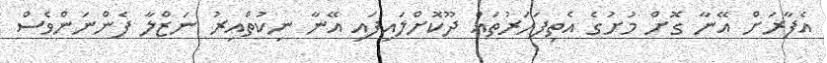
އެފާރަށް އޭނާ ގޮށް މުށުގެ އެތިފަހަރުތައް ދޫކޮށްލައިފައި އޭނާ ނިކުތްއިރު ނަޒްލާ ފެންނަންވެސް